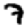
Digit: 7